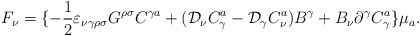
\begin{align*}F_\nu=\{-\frac{1}{2}\varepsilon_{\nu\gamma\rho\sigma} G^{\rho\sigma}C^{\gamma a}+({\cal D}_{\nu}C_\gamma^a- {\cal D}_{\gamma}C_\nu^a)B^\gamma+B_\nu\partial^\gamma C_\gamma^a\}\mu_a.\end{align*}